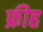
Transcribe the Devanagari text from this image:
फ्रीह